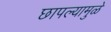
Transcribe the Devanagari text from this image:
छापल्यामुळे